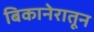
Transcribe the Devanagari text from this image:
बिकानेरातून